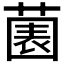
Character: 𱾔